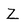
Character: Z